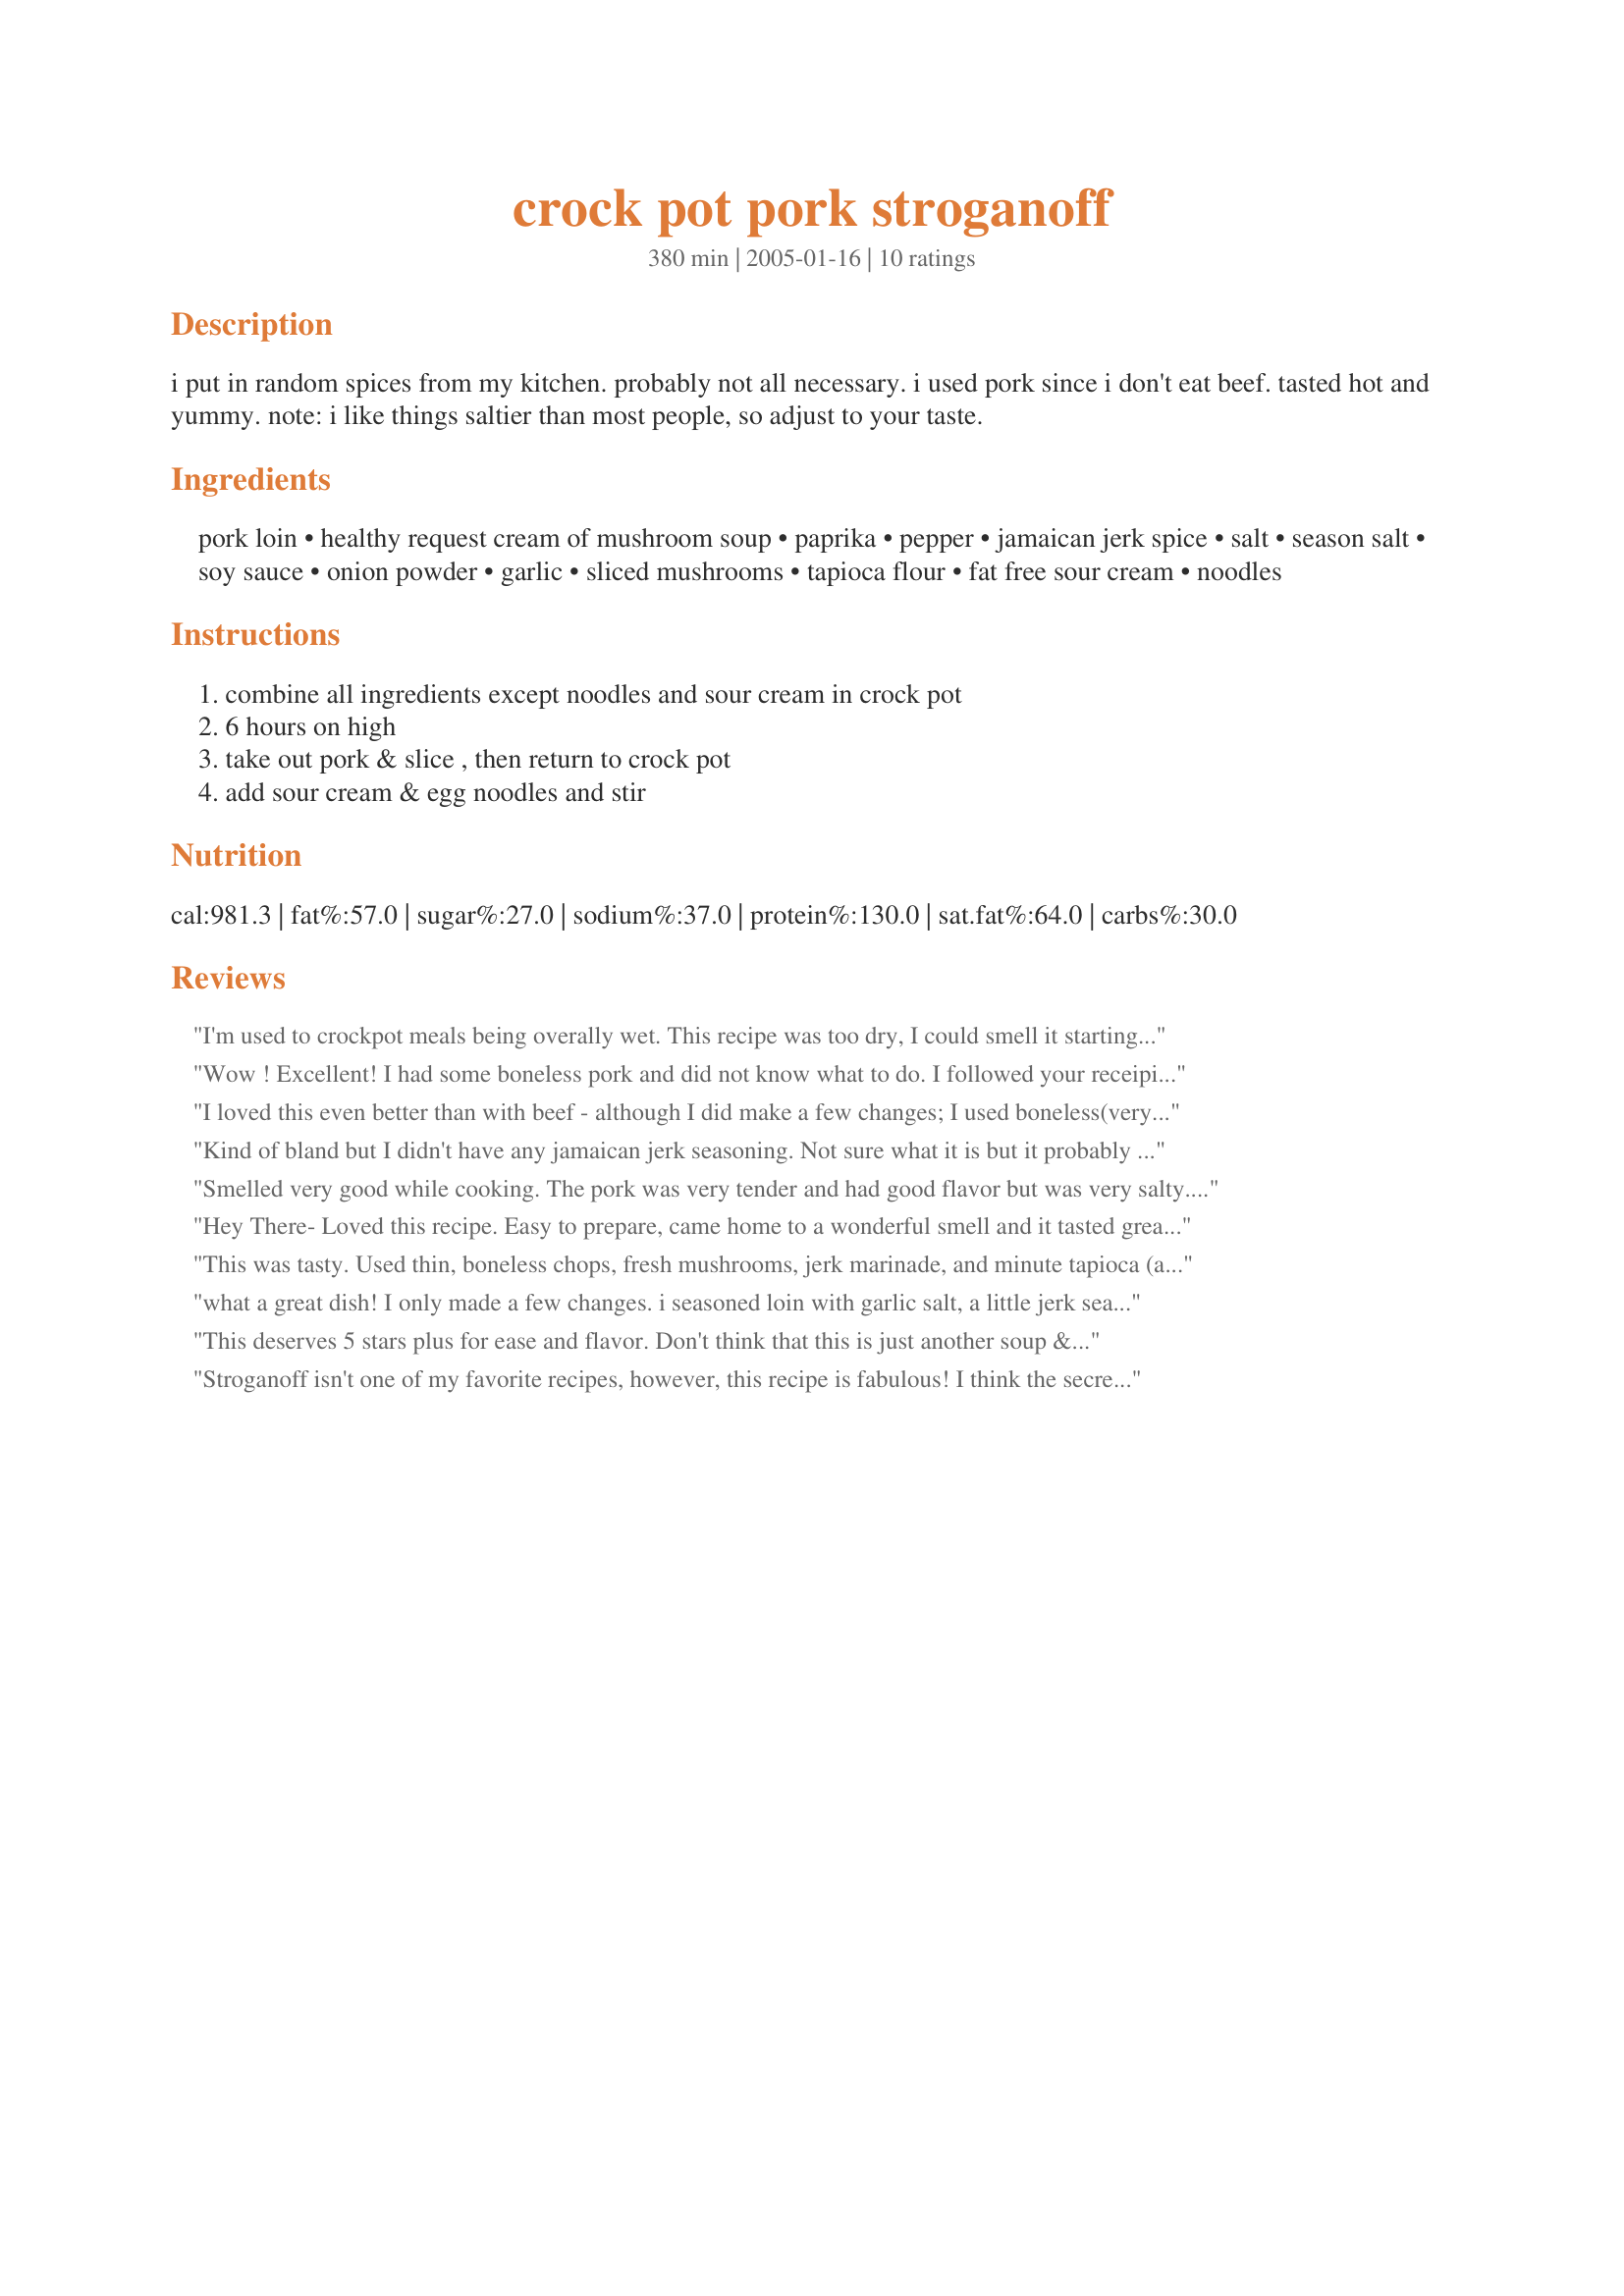
crock pot pork stroganoff
Preparation time: 380 minutes

i put in random spices from my kitchen. probably not all necessary. i used pork since i don't eat beef. tasted hot and yummy. note: i like things saltier than most people, so adjust to your taste.

Ingredients:
pork loin, healthy request cream of mushroom soup, paprika, pepper, jamaican jerk spice, salt, season salt, soy sauce, onion powder, garlic, sliced mushrooms, tapioca flour, fat free sour cream, noodles

Steps:
combine all ingredients except noodles and sour cream in crock pot, 6 hours on high, take out pork & slice , then return to crock pot, add sour cream & egg noodles and stir

Reviews:
I'm used to crockpot meals being overally wet. This recipe was too dry, I could smell it starting to burn at 4 1/2 hrs. I couldn't slice the pork, it shredded.. I added water from the noodles for the correct casserole texture. I used a boneless pork loin 2 1/2 lbs.
Wow ! Excellent! I had some boneless pork and did not know what to do. I followed your receipie nearly to a T , except because I had boneless pork pieces, I decided to slice it before it cooked and dumped it all into the crock. That is probably why it only took 3 hours on high. I did not have any jerk seasoning but it was still delicous without it !

Thanks Myra for posting this great, easy, tasted-like-I-slaved recipe!
I loved this even better than with beef - although I did make a few changes; I used boneless(very lean & tender) pork sirloin and cut it into pieces. I dredged the meat in cornstarch mixed with seasoned salt, pepper, paprika and Vegit (didn't add more salt). I browned the meat with a little olive oil & garlic, then added it to the soup and soya sauce.
I simmered it on the top of the stove for 2 hours, then added the sour cream right before seving. I cooked the noodles and served the meat over them.
PS: I tried this recipe thanks to Bergy's photo and 5 star review!
Kind of bland but I didn't have any jamaican jerk seasoning. Not sure what it is but it probably would have helped. I couldn't convince DH this wasn't tuna casserole.
Smelled very good while cooking. The pork was very tender and had good flavor but was very salty. I think using reduced sodium cream of mushroom soup would help. The dish had a very nice light cream flavor. Thanks for posting it!
Hey There-
Loved this recipe. Easy to prepare, came home to a wonderful smell and it tasted great. I used a piece of pork tenderloin, I did not have soy sauce so I used Worcestershire, I didnt have canned mushrooms so I used fresh and sub'd chicken broth for the "mushroom liquid". I will be making this again, and again.
Thanks for posting.
Di
This was tasty. Used thin, boneless chops, fresh mushrooms, jerk marinade, and minute tapioca (all are what I had on hand, to save a trip to the store). Cooked it in my dutch oven at 275 fir 3.5 hours. Turned out a bit on the thick side, so I'll add a bit of broth next time. Thanks for a keeper
what a great dish! I only made a few changes. i seasoned loin with garlic salt, a little jerk season, and cavandar's seasoning. floured it a little bit then seared in a hot pan with olive oil. I deglazed the pan with a can full of water and added it to the crock pot. I added a dash of cayene to the dish. i used about 3 cloves of garlic. We really loved this and will use it again. we used almost a full container of reduced fat sour cream and regular cream of mushroom soup. i might just put 2 cans of soup next time since I like lots of gravy! Thanks for giving us a great easy meal!
This deserves 5 stars plus for ease and flavor. Don't think that this is just another soup & pork recipe it is far more with the soup being a neat shortcut built in. The mixture of herbs & spices give a lovely subtle flavor not overpowering to the sauce. A couple of things I did differently - I cut the meat in bit size pieces when I put the pork in the crockpot (I think it would look lovely sliced but this was one step faster), I cooked it on high for 3 hours and on low for 3 hours. I did not add the sour cream as much as I would love it. Thanks Myra for a lovely dinner that will be enjoyed many times in this home.
Stroganoff isn't one of my favorite recipes, however, this recipe is fabulous! I think the secret is in the jerk spice (I used bottled jerk sauce). I didn't change any ingredients, just adjusted the portions of some; I increased the pork 1/4 lb & doubled the mushrooms. I decreased the noodles 2 oz, cream 1 oz. Oh, I did substitute 1/2 of the cream for yogurt to help cut some fat. My cooker must cook hotter cause I only needed about 3-4 hrs on high. I absolutely enjoyed this recipe, thanks for sharing.
